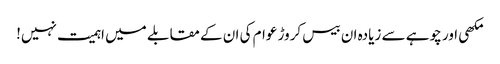
مکھی اور چوہے سے زیادہ ان بیس کروڑ عوام کی ان کے مقابلے میں اہمیت نہیں!